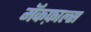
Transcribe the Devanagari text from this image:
मॅकफ़ाल्स